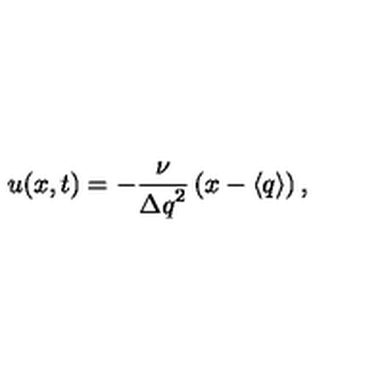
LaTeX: u ( x , t ) = - \frac { \nu } { { \Delta q } ^ { 2 } } \left( x - \langle q \rangle \right) ,